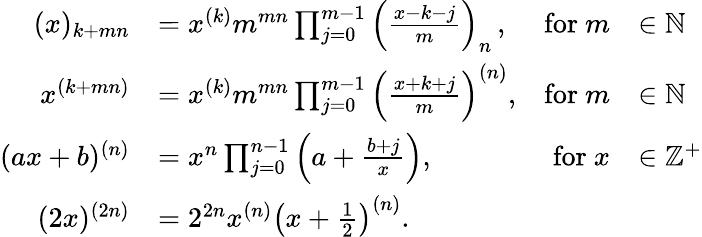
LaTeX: {\begin{array}{rlrl}{(x)_{k+mn}}&{=x^{(k)}m^{mn}\prod_{j=0}^{m-1}\left({\frac{x-k-j}{m}}\right)_{n}\, ,}&{{\mathrm{for~}}m}&{\in\mathbb{N}}\\ {x^{(k+mn)}}&{=x^{(k)}m^{mn}\prod_{j=0}^{m-1}\left({\frac{x+k+j}{m}}\right)^{(n)},}&{{\mathrm{for~}}m}&{\in\mathbb{N}}\\ {(ax+b)^{(n)}}&{=x^{n}\prod_{j=0}^{n-1}\left(a+{\frac{b+j}{x}}\right),}&{{\mathrm{for~}}x}&{\in\mathbb{Z}^{+}}\\ {(2x)^{(2n)}}&{=2^{2n}x^{(n)}\left(x+{\frac{1}{2}}\right)^{(n)}.}\end{array}}